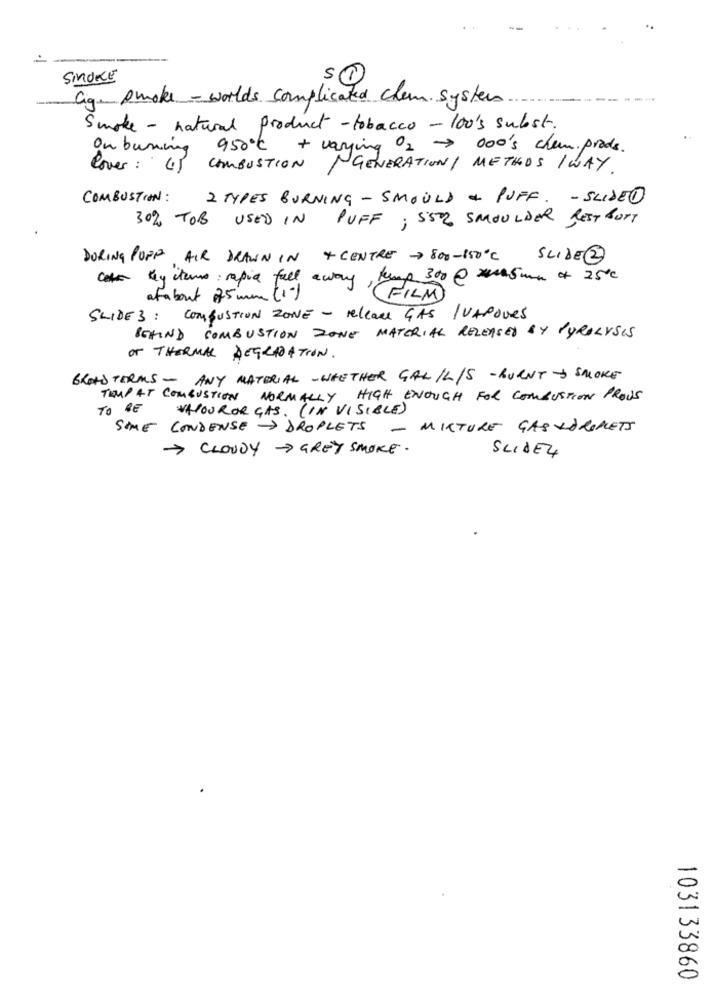
SMOKE
Ciq. smokes - worlds complicated chem system
Smoke - natural product - tobacco - 100's subst.
On burning 950℃ + varying 02 -> 000's chem. prods.
lover: (1) COMBUSTION
GENERATION / METHOS /WAY.
COMBUSTION: 2 TYPES BURNING - SMOULD & PUFF. - SLIDED
30% TOB USED IN PUFF ; 552 SMOULDER REST BOTT
DURING POPP AIR DRAWN IN + CENTRE - 800-150ºC
SLIDE@
Cette hy items: rapia fall away, kump 300@ x5mm x 25℃
'(FILM)
SLIDE 3 : COMBUSTION ZONE - releau GAS /VAPOURS
BEHIND COMBUSTION ZONE MATERIAL RELEASED BY PYROLYSIS
OF THERMAL DEGRADATION.
BROAD TERMS - ANY MATERIAL -WHETHER GAL /L/S - BURNT & SMOKE
TRUP AT COMBUSTION NORMALLY HIGH ENOUGH FOR COMBUSTION PROVS
TO BE VAPOURORGAS. (IN VISIBLE)
SOME CONDENSE> DROPLETS - MIXTURE GASVARMETS
> CLOUDY > GREY SMOKE.
SLIDE4
103133860